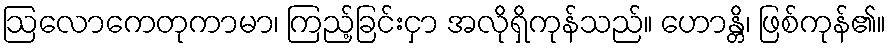
ဩလောကေတုကာမာ၊ ကြည့်ခြင်းငှာ အလိုရှိကုန်သည်။ ဟောန္တိ၊ ဖြစ်ကုန်၏။